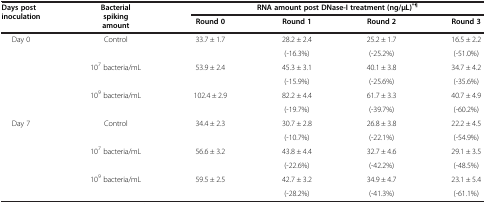
<table><thead><tr><td rowspan="2"><b>Days post inoculation</b></td><td rowspan="2"><b>Bacterial spiking amount</b></td><td colspan="4"><b>RNA amount post DNase-I treatment (ng/μL)<sup>*¶</sup></b></td></tr><tr><td><b>Round 0</b></td><td><b>Round 1</b></td><td><b>Round 2</b></td><td><b>Round 3</b></td></tr></thead><tbody><tr><td rowspan="6">Day 0</td><td rowspan="2">Control</td><td rowspan="2">33.7 ± 1.7</td><td>28.2 ± 2.4</td><td>25.2 ± 1.7</td><td>16.5 ± 2.2</td></tr><tr><td>(-16.3%)</td><td>(-25.2%)</td><td>(-51.0%)</td></tr><tr><td rowspan="2">10<sup>7</sup> bacteria/mL</td><td rowspan="2">53.9 ± 2.4</td><td>45.3 ± 3.1</td><td>40.1 ± 3.8</td><td>34.7 ± 4.2</td></tr><tr><td>(-15.9%)</td><td>(-25.6%)</td><td>(-35.6%)</td></tr><tr><td rowspan="2">10<sup>9</sup> bacteria/mL</td><td rowspan="2">102.4 ± 2.9</td><td>82.2 ± 4.4</td><td>61.7 ± 3.3</td><td>40.7 ± 4.9</td></tr><tr><td>(-19.7%)</td><td>(-39.7%)</td><td>(-60.2%)</td></tr><tr><td rowspan="6">Day 7</td><td rowspan="2">Control</td><td rowspan="2">34.4 ± 2.3</td><td>30.7 ± 2.8</td><td>26.8 ± 3.8</td><td>22.2 ± 4.5</td></tr><tr><td>(-10.7%)</td><td>(-22.1%)</td><td>(-54.9%)</td></tr><tr><td rowspan="2">10<sup>7</sup> bacteria/mL</td><td rowspan="2">56.6 ± 3.2</td><td>43.8 ± 4.4</td><td>32.7 ± 4.6</td><td>29.1 ± 3.5</td></tr><tr><td>(-22.6%)</td><td>(-42.2%)</td><td>(-48.5%)</td></tr><tr><td rowspan="2">10<sup>9</sup> bacteria/mL</td><td rowspan="2">59.5 ± 2.5</td><td>42.7 ± 3.2</td><td>34.9 ± 4.7</td><td>23.1 ± 5.4</td></tr><tr><td>(-28.2%)</td><td>(-41.3%)</td><td>(-61.1%)</td></tr></tbody></table>